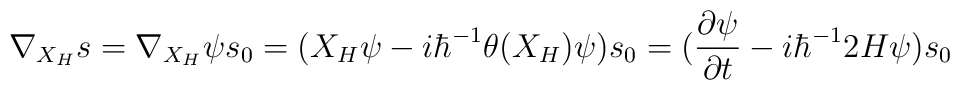
\nabla _{X_{H}}s=\nabla _{X_{H}}\psi s_{0}=(X_{H}\psi -i\hbar ^{-1}\theta (X_{H})\psi )s_{0}=(\frac{\partial \psi }{\partial t}-i\hbar ^{-1}2H\psi )s_{0}